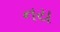
નય